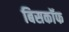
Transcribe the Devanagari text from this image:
बिसकॉफ